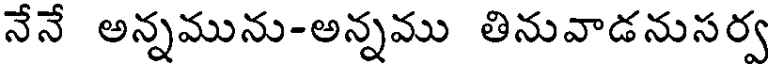
నేనే అన్నమును-అన్నము తినువాడనుసర్వ